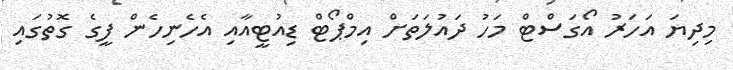
މިދިޔަ އަހަރު އޯގަސްޓް މަހު ދައުލަތަށް އިމްޕޯޓް ޑިއުޓީއާއި އެހެނިހެން ފީގެ ގޮތުގައި